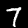
Digit: 7